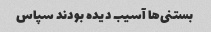
بستنی‌ها آسیب دیده بودند سپاس